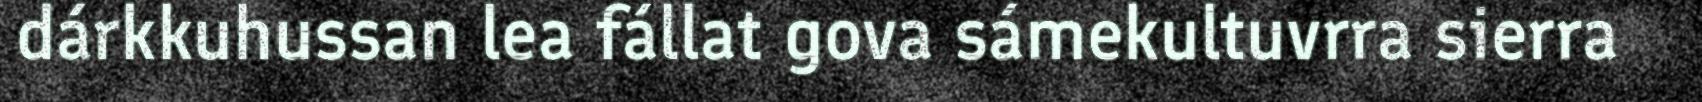
dárkkuhussan lea fállat gova sámekultuvrra sierra